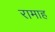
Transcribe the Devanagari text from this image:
रामाह